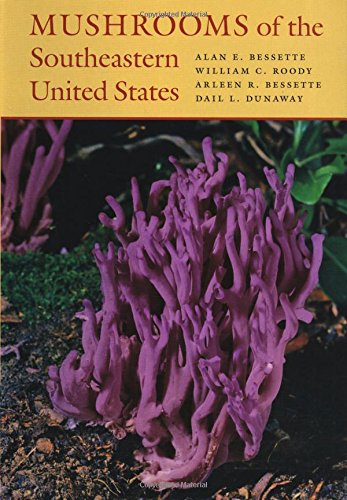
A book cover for Mushrooms of the Southeastern United States; Alan Bessette; Medical Books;